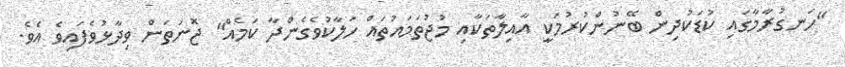
"ހަނގުރާމާގައި ކުޑަކުދިން ބޭނުންކުުރުމަކީ އާއިލާތަކާއި މުޖުތަމައުތައް ހަލާކުވެގެންދާ ކަމެއް" ޖޮނަތަން ވިދާޅުވެފައިވެ އެވެ.